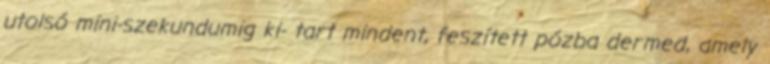
utolsó mini-szekundumig ki- tart mindent, feszített pózba dermed, amely